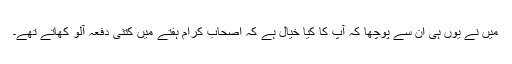
میں نے یوں ہی ان سے پوچھا کہ آپ کا کیا خیال ہے کہ اصحاب کرام ہفتے میں کتنی دفعہ آلو کھاتے تھے۔